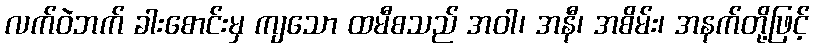
လက်ဝဲဘက် ခါးစောင်းမှ ကျသော ထမီစသည် အဝါ၊ အနီ၊ အစိမ်း၊ အနက်တို့ဖြင့်